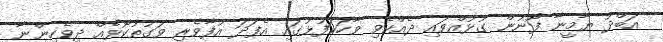
އަބްދު ޔާމީނާ ފޯނުން ގުޅުއްވައި ދެއްކެވި ވާހަކަފުޅުގައި އެފަދަ އުފާވެރި ވަގުތުކޮޅެއް ދިވެހިންނާ